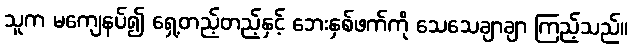
သူက မကျေနပ်၍ ရှေ့တည့်တည့်နှင့် ဘေးနှစ်ဖက်ကို သေသေချာချာ ကြည့်သည်။